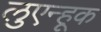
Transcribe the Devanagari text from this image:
लुएन्हूक